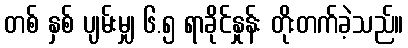
တစ် နှစ် ပျမ်းမျှ ၆.၅ ရာခိုင်နှုန်း တိုးတက်ခဲ့သည်။